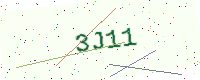
Text: 3J11